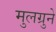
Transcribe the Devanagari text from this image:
मुलग्रुने